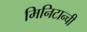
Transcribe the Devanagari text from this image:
मिनिटान्ची